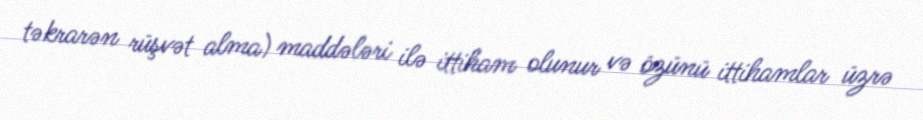
təkrarən rüşvət alma) maddələri ilə ittiham olunur və özünü ittihamlar üzrə